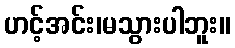
ဟင့်အင်း၊မသွားပါဘူး။